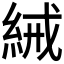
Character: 𬗕